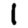
Digit: 1